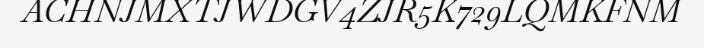
ACHNJMXTJWDGV4ZJR5K729LQMKFNM